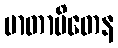
မာတာပိတေန